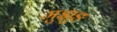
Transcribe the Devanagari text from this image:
मुझुङ